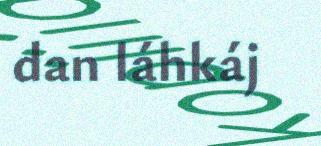
dan láhkáj